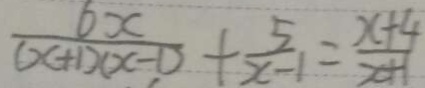
\frac { 6 x } { ( x + 1 ) ( x - 1 ) } + \frac { 5 } { x - 1 } = \frac { x + 4 } { x + 1 }